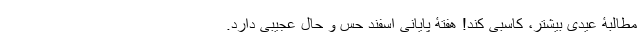
مطالبۀ عیدی بیشتر، کاسبی کند! هفتۀ پایانی اسفند حس و حال عجیبی دارد.